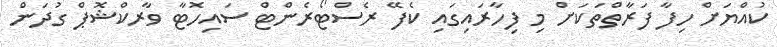
ކުއްޔަށް ހިފާ ފަރާތްތަކަށް މި ފިހާރައިގައި ކެފޭ ރެސްޓޯރެންޓް ސައިހޮޓާ ވާރކްޝޮޕް ގުދަން